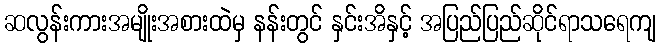
ဆလွန်းကားအမျိုးအစားထဲမှ နန်းတွင် နှင်းအိနှင့် အပြည်ပြည်ဆိုင်ရာသရေကျ